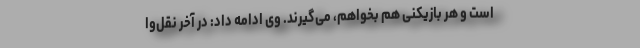
است و هر بازیکنی هم بخواهم، می‌گیرند. وی ادامه داد: در آخر نقل‌وا